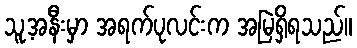
သူ့အနီးမှာ အရက်ပုလင်းက အမြဲရှိရသည်။